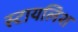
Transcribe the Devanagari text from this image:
स्टायलिश